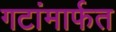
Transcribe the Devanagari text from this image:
गटांमार्फत